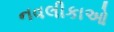
નવલીકાઓ